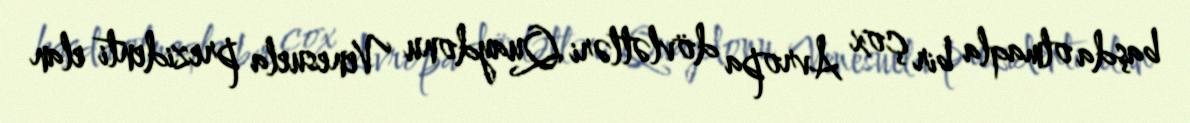
başda olmaqla bir çox Avropa dövlətləri Quaydonu Venesuela prezidenti elan